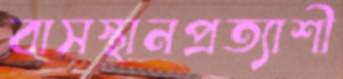
বাসস্থানপ্রত্যাশী